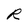
Character: R